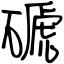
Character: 磃